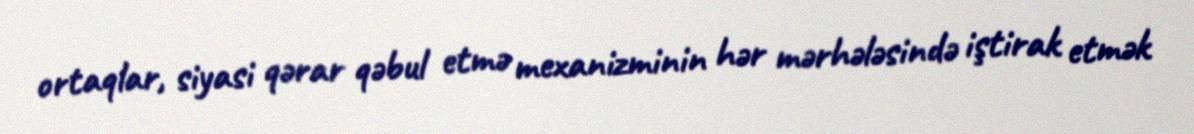
ortaqlar, siyasi qərar qəbul etmə mexanizminin hər mərhələsində iştirak etmək